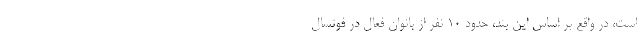
است، در واقع بر اساس این بند، حدود 10 نفر از بانوان فعال در فوتسال